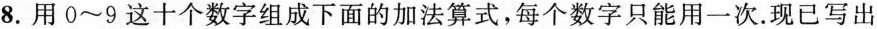
8.用0~9这十个数字组成下面的加法算式，每个数字只能用一次。现已写出